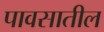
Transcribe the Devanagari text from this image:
पावसातील